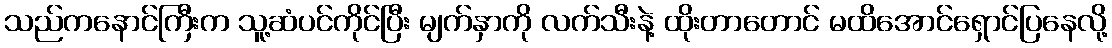
သည်ကနောင်ကြီးက သူ့ဆံပင်ကိုင်ပြီး မျက်နှာကို လက်သီးနဲ့ ထိုးတာတောင် မထိအောင်ရှောင်ပြနေလို့